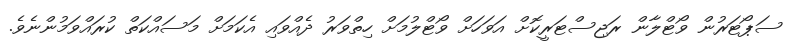
ސަޕޯޓަރުން ވޯޓްލާން ރަޖިސްޓަރީކޮށް އަވަހަށް ވޯޓްލުމަށް ހިތްވަރު ދެއްވައި އެކަމަށް މަސައްކަތް ކުރައްވަމުންނެވެ.